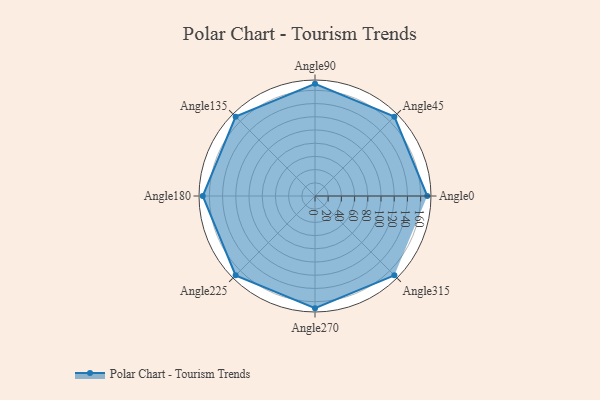
{"axis": {"x": "Angle", "y": "Radius"}, "legend": [""], "data": [{"x": "Angle0", "y": 170, "type": ""}, {"x": "Angle45", "y": 170, "type": ""}, {"x": "Angle90", "y": 170, "type": ""}, {"x": "Angle135", "y": 170, "type": ""}, {"x": "Angle180", "y": 170, "type": ""}, {"x": "Angle225", "y": 170, "type": ""}, {"x": "Angle270", "y": 170, "type": ""}, {"x": "Angle315", "y": 170, "type": ""}]}